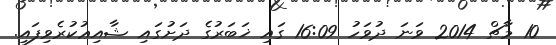
10 މާޗް 2014 ވަނަ ދުވަހު 16:09 ގައި ޚަބަރުގެ ދަށުގައި ޝާއިޢުކުރެވިފައި.